Calcutta medical institutions reports 1871-78
Year: 1871
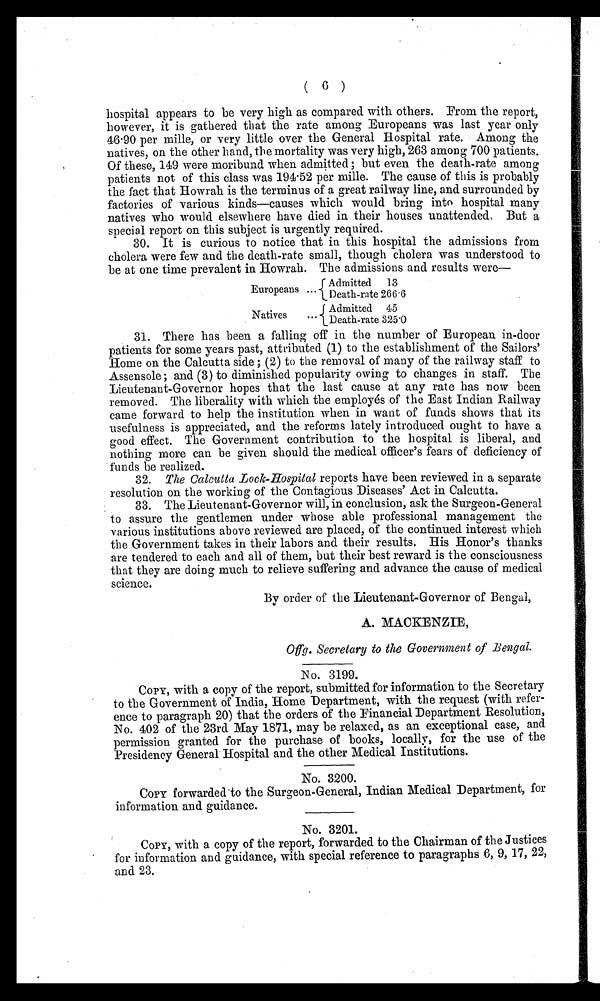
( 6 )
hospital appears to be very high as compared with others. From the report,
however, it is gathered that the rate among Europeans was last year only
46.90 per mille, or very little over the General Hospital rate. Among the
natives, on the other hand, the mortality was very high, 263 among 700 patients.
Of these, 149 were moribund when admitted; but even the death-rate among
patients not of this class was 194.52 per mille. The cause of this is probably
the fact that Howrah is the terminus of a great railway line, and surrounded by
factories of various kinds—causes which would bring into hospital many
natives who would elsewhere have died in their houses unattended. But a
special report on this subject is urgently required.
30. It is curious to notice that in this hospital the admissions from
cholera were few and the death-rate small, though cholera was understood to
be at one time prevalent in Howrah. The admissions and results were—
Europeans ...
Admitted
13
Death-rate 266.6
Natives
... Admitted 45
Death-rate 325.0
31. There has been a falling off in the number of European in-door
patients for some years past, attributed (1) to the establishment of the Sailors'
Home on the Calcutta side; (2) to the removal of many of the railway staff to
Assensole; and (3) to diminished popularity owing to changes in staff. The
Lieutenant-Governor hopes that the last cause at any rate has now been
removed. The liberality with which the employés of the East Indian Railway
came forward to help the institution when in want of funds shows that its
usefulness is appreciated, and the reforms lately introduced ought to have a
good effect. The Government contribution to the hospital is liberal, and
nothing more can be given should the medical officer's fears of deficiency of
funds be realized.
32. The Calcutta Lock-Hospital reports have been reviewed in a separate
resolution on the working of the Contagious Diseases' Act in Calcutta.
33. The Lieutenant-Governor will, in conclusion, ask the Surgeon-General
to assure the gentlemen under whose able professional management the
various institutions above reviewed are placed, of the continued interest which
the Government takes in their labors and their results. His Honor's thanks
are tendered to each and all of them, but their best reward is the consciousness
that they are doing much to relieve suffering and advance the cause of medical
science.
By order of the Lieutenant-Governor of Bengal,
A. MACKENZIE,
Offg. Secretary to the Government of Bengal.
No. 3199.
COPY, with a copy of the report, submitted for information to the Secretary
to the Government of India, Home Department, with the request (with refer-
ence to paragraph 20) that the orders of the Financial Department Resolution,
No. 402 of the 23rd May 1871, may be relaxed, as an exceptional case, and
permission granted for the purchase of books, locally, for the use of the
Presidency General Hospital and the other Medical Institutions.
No. 3200.
COPY forwarded to the Surgeon-General, Indian Medical Department, for
information and guidance.
No. 3201.
COPY, with a copy of the report, forwarded to the Chairman of the Justices
for information and guidance, with special reference to paragraphs 6, 9, 17, 22,
and 23.